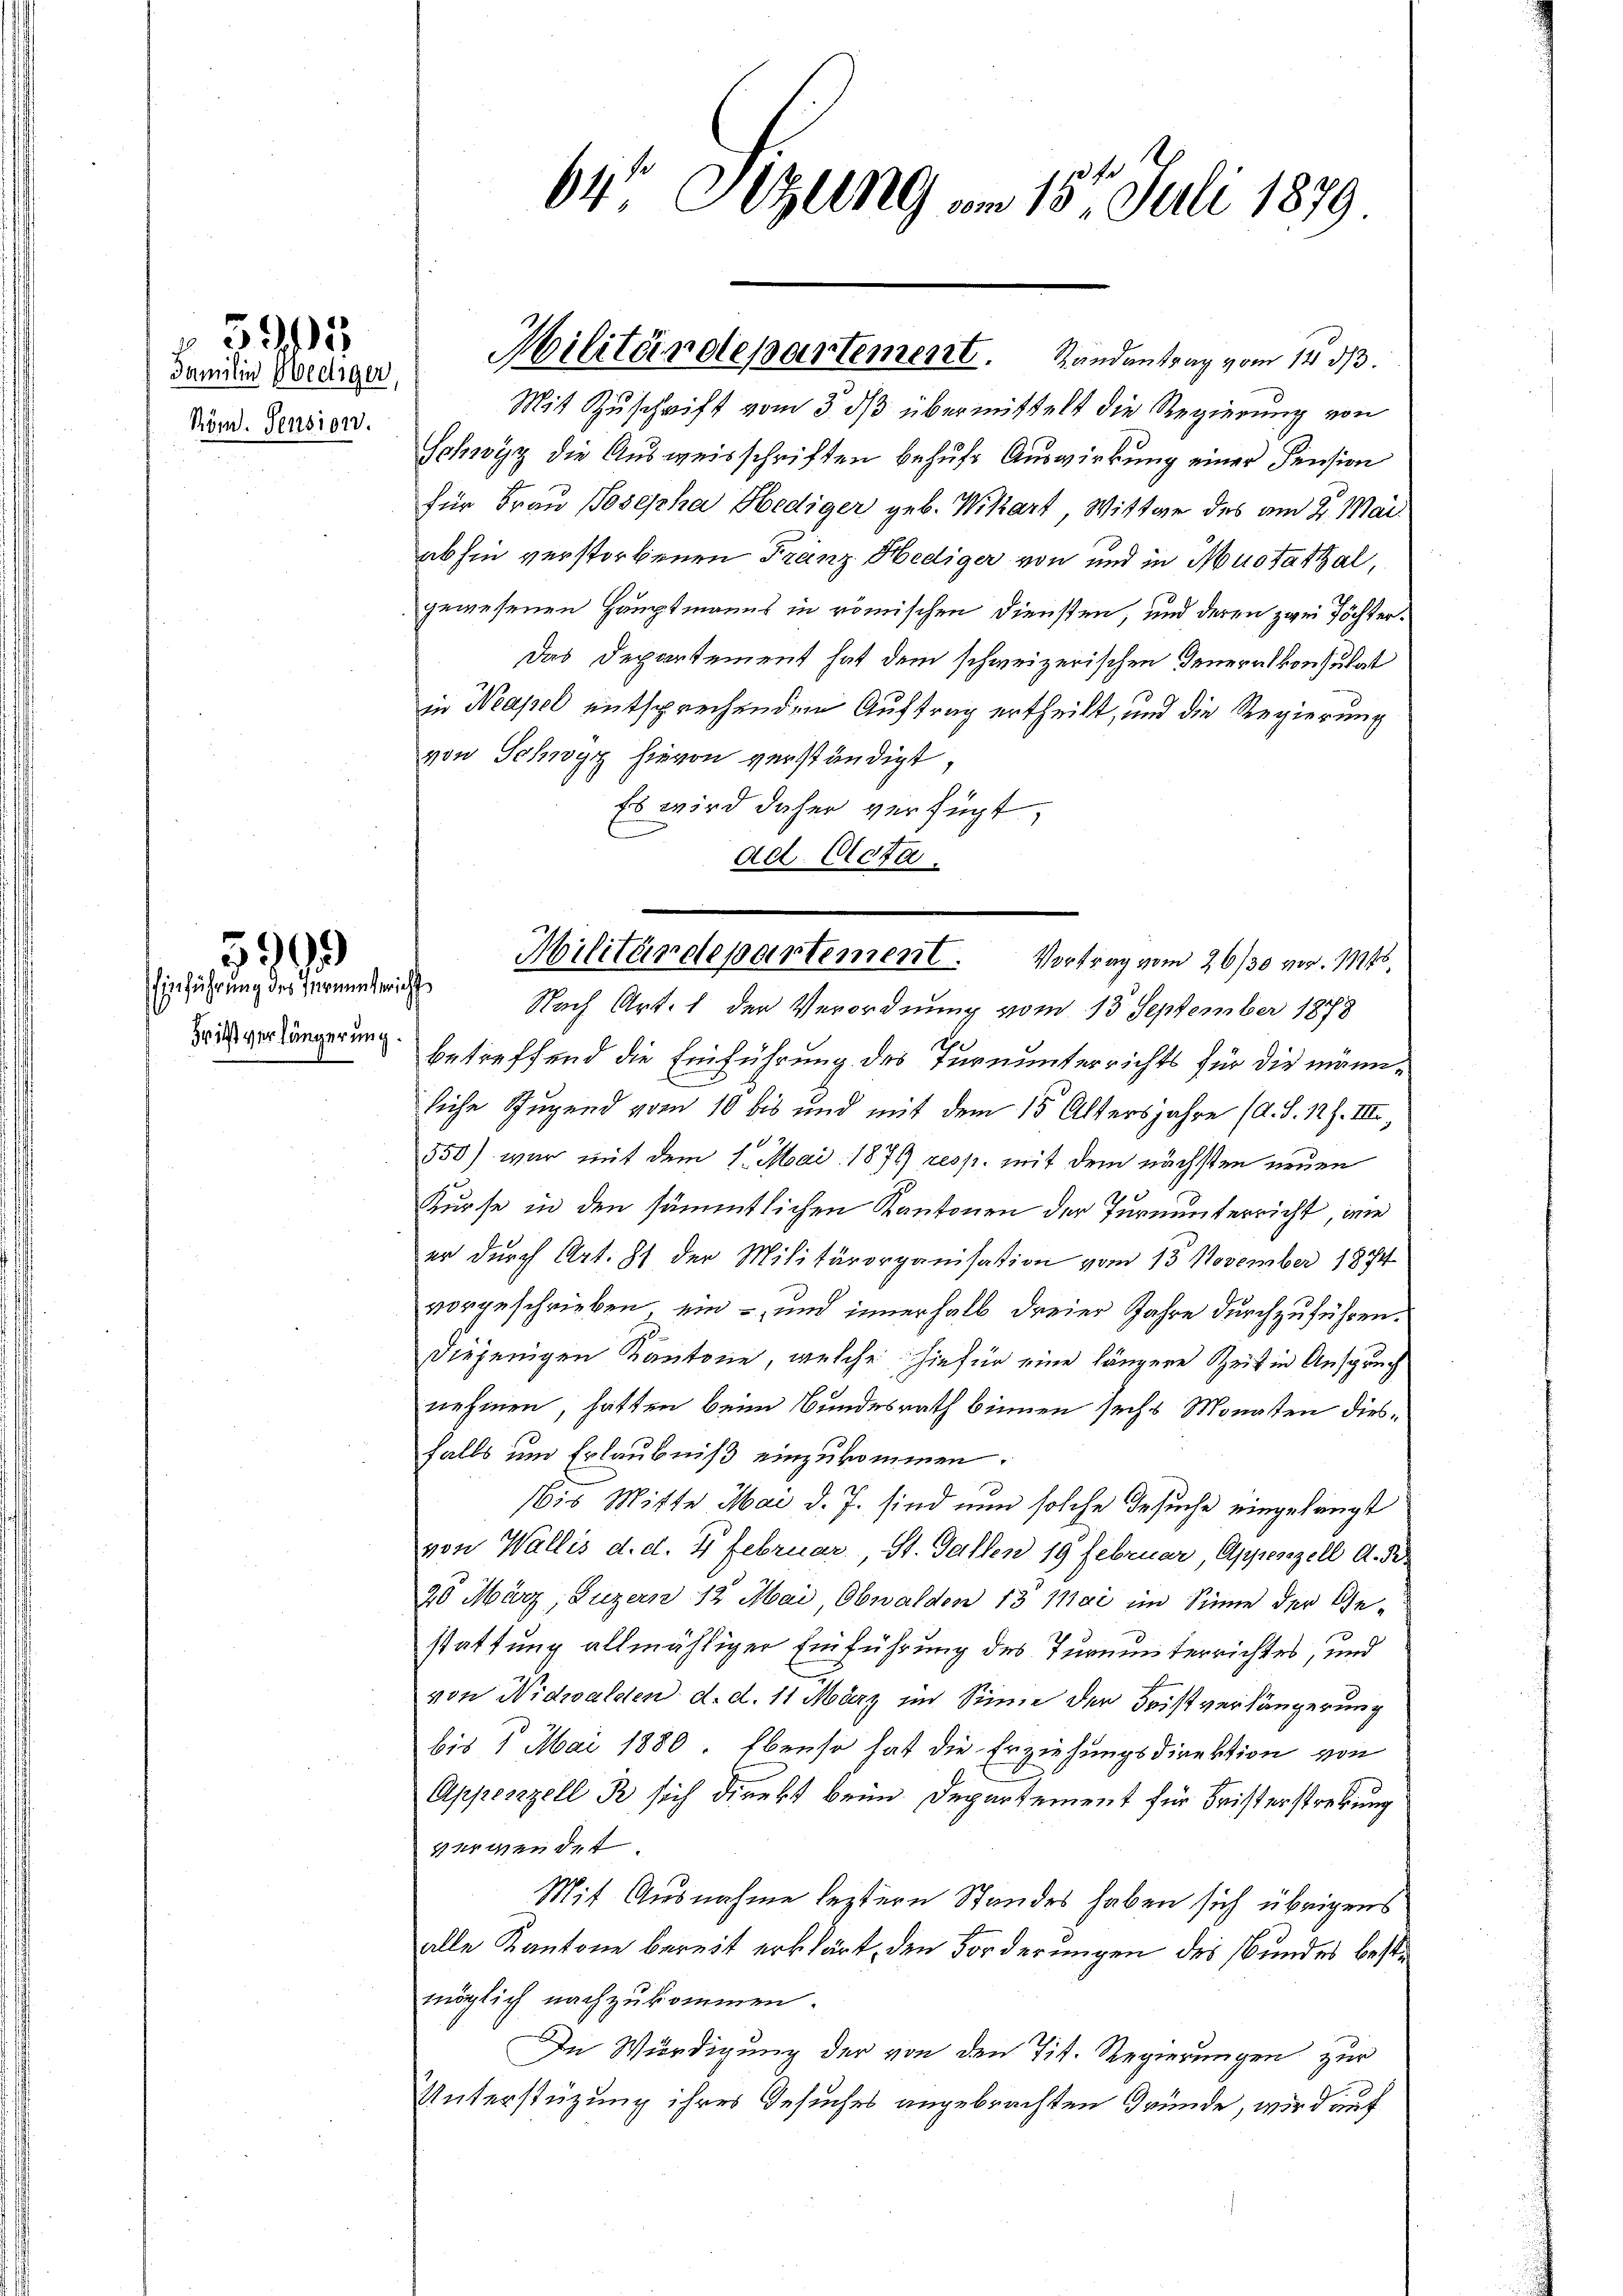
Familie Pietiger
Röm. Pension.

325

Fritzt verlängerung.

5999

64 Sizung am 15. Juli 1879

Mit Zuschrift vom 5. dß übermittelt die Regierung von
Schwyz die Ausweisschriften behufs Auswirkung einer Pension
für Frau Josepha Hediger geb. Wikart, Wittwe des am 2. Mai
abhin verstorbenen Franz Hediger von und in Mustattal,
gewesenen Hauptmanns in römischen Diensten, und deren zwei Töchter¬
Das Departement hat dem schweizerischen Generalkonsulat
in Neapel entsprechenden Auftrag ertheilt, und die Regierung
von Schwyz hievon verständigt,
Es wird daher verfügt,
ad Acta.

Hilitärdepartement. Randantrag vom 14. ds.

Einführung des Vermehr Nach Art. 1 der Verordnung vom 13. September 1878
betreffend die Einführung des Turnunterrichts für die männliche Jugend vom 10 bis und mit dem 15 Altersjahre (d. S. 127. III,
550) war mit dem 1. Mai 1879 resp. mit dem nächsten neuen
Kurse in den sämmtlichen Kantonen der Turnunterricht, wie
er durch Art. 81 der Militärorganisation vom 13. November 1874
vorgeschrieben, ein – und innerhalb dreier Jahre durchzuführen.
diejenigen Kantone, welche hiefür eine längere Zeit in Anspruch
nehmen, hätten beim Bundesrath binnen sechs Monaten diesfalls um Erlaubniß einzukommen.
bis Mitte Mai d. J. sind nun solche Gesuche eingelangt
von Wallis d. d. 7 Februar. St. Gallen 19 Februar, Appenzell A. R.
20 März, Luzern 12 Mai, Obwalden 13 Mai im Sinne der Gestattung allmähliger Einführung des Turnunterrichtes, und
von Nidwalden d. d. 11 März im Sinne der Fristverhängerung
bis 1 Mai 1880. Ebenso hat die Erziehungsdirektion von
Appenzell R sich direkt beim Departement für Fristerstrebung
verwendet
Mit Ausnahme leztern Standes haben sich übrigens
alle Kantone bereit erklärt, den Forderungen des Bundes bestemöglich nachzukommen.
In Würdigung der von den Tit. Regierungen zur
Unterstüzung ihres Gesuches angebrachten Gründe, wird auf

Militärdepartement. Vortrag vom 26/30 vor. 1124